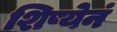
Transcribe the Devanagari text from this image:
शिष्येनं